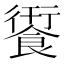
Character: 𮩄